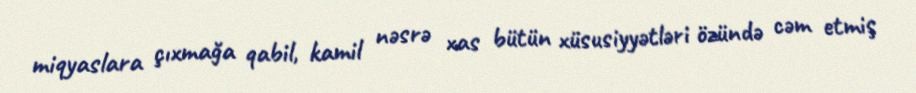
miqyaslara çıxmağa qabil, kamil nəsrə xas bütün xüsusiyyətləri özündə cəm etmiş